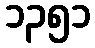
၁၃၅၁